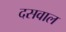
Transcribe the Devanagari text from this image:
दसवाल